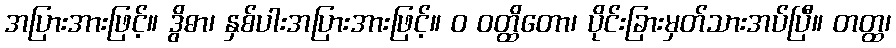
အပြားအားဖြင့်။ ဒွိဓာ၊ နှစ်ပါးအပြားအားဖြင့်။ ဝ ဝတ္ထိတော၊ ပိုင်းခြားမှတ်သားအပ်ပြီ။ တတ္ထ၊